Eesti_Vabariigi_Tartu_Ulikool, lk 104
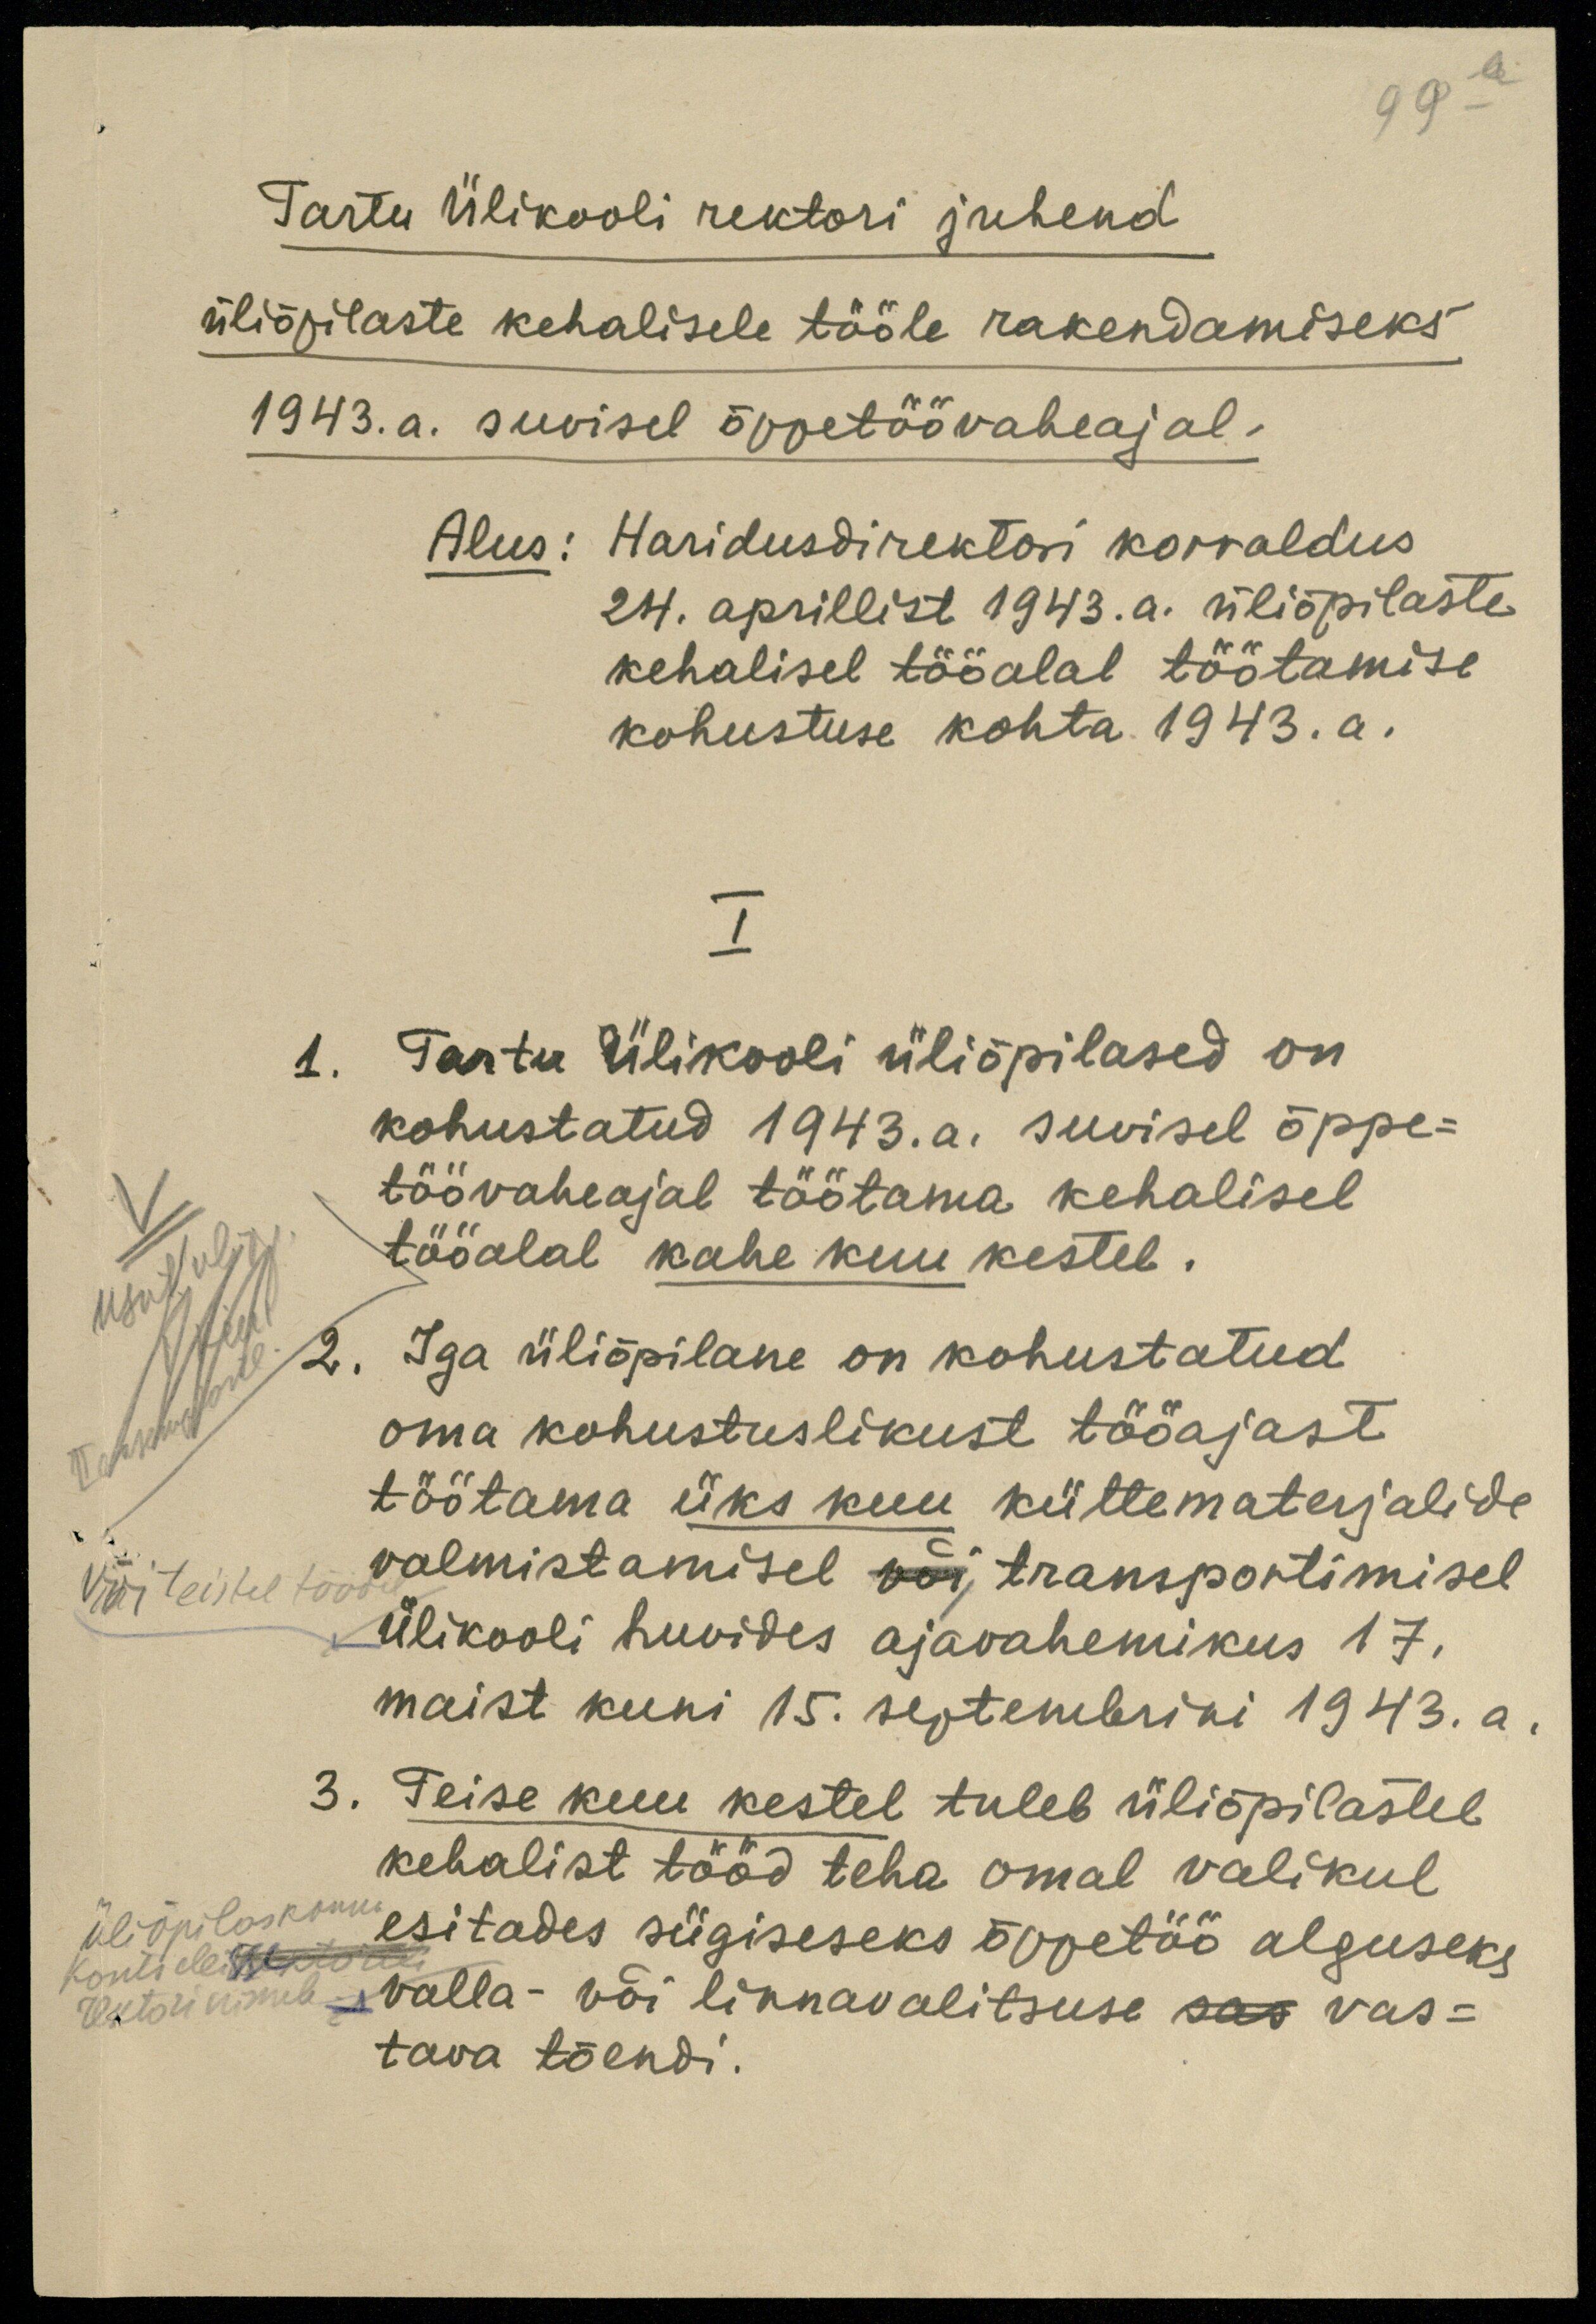
99 a
Tartu Ülikooli rektori juhend
üliõpilaste kehalisele tööle rakendamiseks
1943. a. suvisel õppetöövaheajal.
Alus: Haridusdirektori korraldus
24. aprillist 1943. a. üliõpilaste
kehalisel tööalal töötamise
kohustuse kohta 1943.a.
I
1. Tartu Ülikooli üliõpilased on
kohustatud 1943. a. suvisel õppe-
töövaheajal töötama kehalisel
tööalal kahe kuu kestel.
2. Iga üliõpilane on kohustatud
oma kohustuslikust tööajast
töötama üks kuu küttematerjalide
või teistel töödel
valmistamisel või, transportimisel
Ülikooli huvides ajavahemikus 17.
maist kuni 15. septembrini 1943. a.
3. Teise kuu kestel tuleb üliõpilastel
kehalist tööd teha omal valikul
üliõpilaskonna
esitades sügiseseks õppetöö alguseks
kantselei rektori
valla- või linnavalitsuse sai vas-
rektori nimele
tava tõendi.